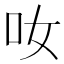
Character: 𠯆